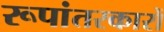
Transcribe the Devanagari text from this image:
रूपांतरकारों